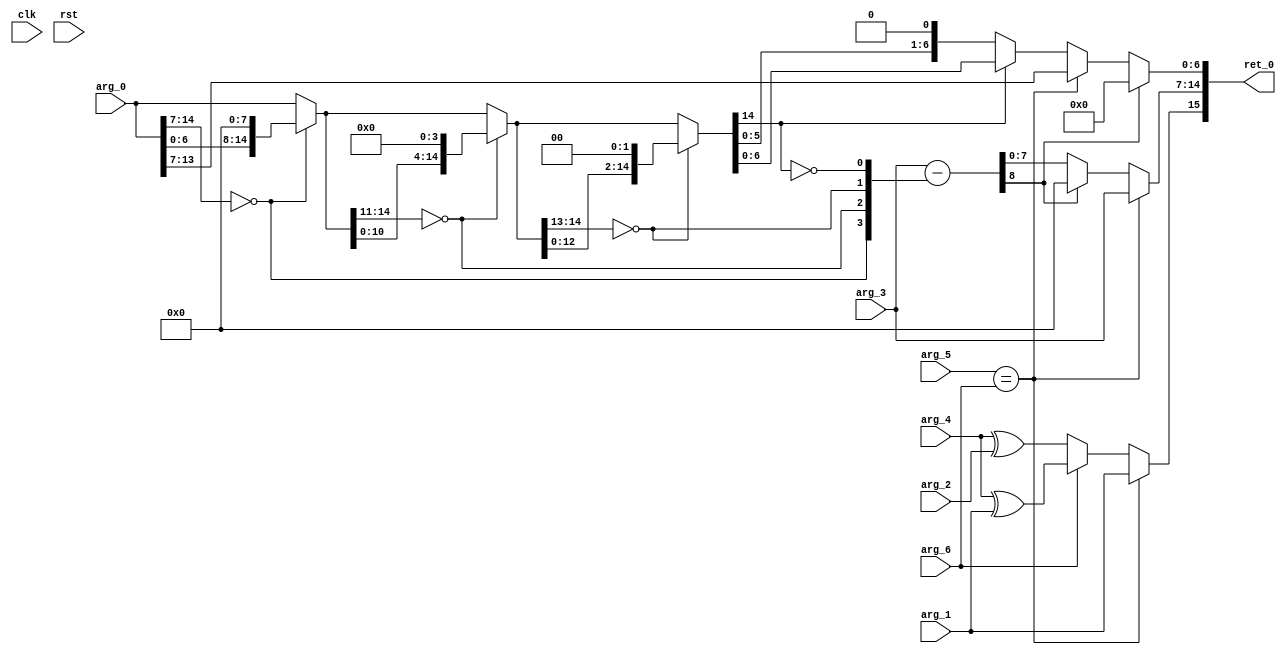
module FP16BAddSubS4Of5(
 input 	       clk,
 input 	       rst,
 input [14:0]  arg_0,
 input 	       arg_1,
 input 	       arg_2,
 input [7:0]   arg_3,
 input 	       arg_4,
 input 	       arg_5,
 input 	       arg_6,
 output [15:0] ret_0);
   wire [15:0] r;
   wire        xs;
   wire        ys;
   wire [7:0]  e;
   wire [7:0]  e_final;
   wire [8:0]  e_l0adjust;
   wire        underflow;
   wire [7:0]  e_adjust;
   wire        neg;
   wire        xn;
   wire        yn;
   wire [7:0] rr;
   wire [6:0] r_final;
   wire [15:0] r8;
   wire [15:0] r4;
   wire [15:0] r2;
   wire [15:0] r1;
   wire [3:0]  l0count;
   wire        s;
   assign r = arg_0;
   assign xs = arg_1;
   assign ys = arg_2;
   assign e = arg_3;
   assign neg = arg_4;
   assign xn = arg_5;
   assign yn = arg_6;
   assign s = (xn == yn) ? xs : (yn ? (neg ^ xs): (neg ^ ys));
   assign r8 = (r[14:7] == 0) ? {r[6:0], 8'b0} : r;
   assign r4 = (r8[14:11] == 0) ? {r8[10:0], 4'b0} : r8;
   assign r2 = (r4[14:13] == 0) ? {r4[12:0], 2'b0} : r4;
   assign r1 = (r2[14:14] == 0) ? {r2[13:0], 1'b0} : r2;
   assign l0count = {r[14:7] == 0, r8[14:11] == 0, r4[14:13] == 0, r2[14:14] == 0};
   assign rr = (xn == yn) ? r[14:7] : r1;
   assign e_l0adjust = e - l0count;
   assign underflow = e_l0adjust[8:8];
   assign e_adjust = underflow ? 0 : e_l0adjust[7:0];
   assign e_final = (xn == yn) ? e : e_adjust[7:0];
   assign r_final = underflow ? 0 : rr[6:0];
   assign ret_0 = {s, e_final, r_final};
endmodule